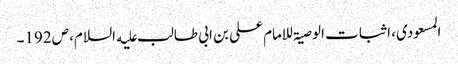
المسعودی، اثبات الوصیۃ للامام علی بن ابی طالب علیه السلام، ص192۔